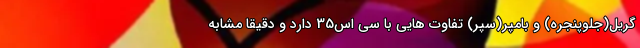
گریل(جلوپنجره) و بامپر(سپر) تفاوت هایی با سی اس35 دارد و دقیقا مشابه